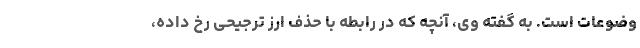
وضوعات است. به گفته وی، آنچه که در رابطه با حذف ارز ترجیحی رخ داده،